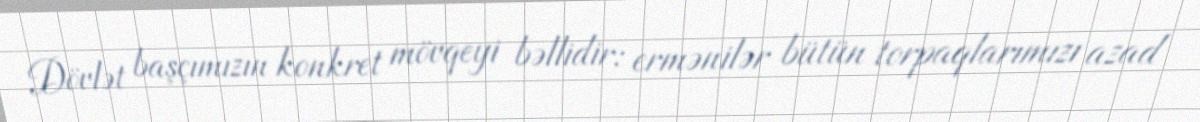
Dövlət başçımızın konkret mövqeyi bəllidir: ermənilər bütün torpaqlarımızı azad